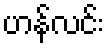
ဟန်လင်း